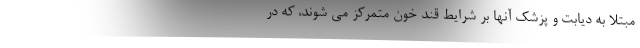
مبتلا به دیابت و پزشک آنها بر شرایط قند خون متمرکز می شوند، که در